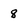
Character: 8